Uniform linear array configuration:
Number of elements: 24
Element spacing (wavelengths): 1
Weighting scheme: blackman
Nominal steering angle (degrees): -15
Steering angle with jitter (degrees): -14.432
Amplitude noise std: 0.05
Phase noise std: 0.05

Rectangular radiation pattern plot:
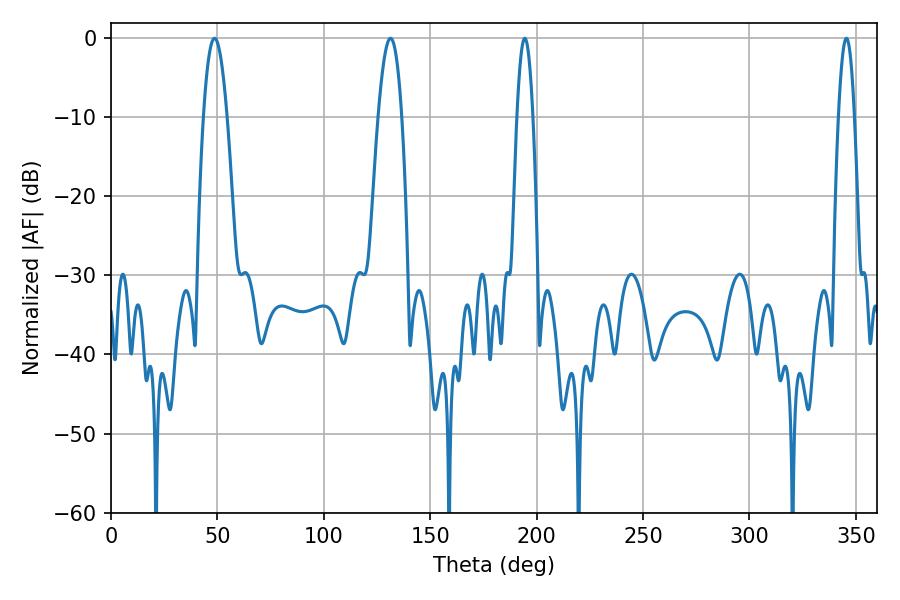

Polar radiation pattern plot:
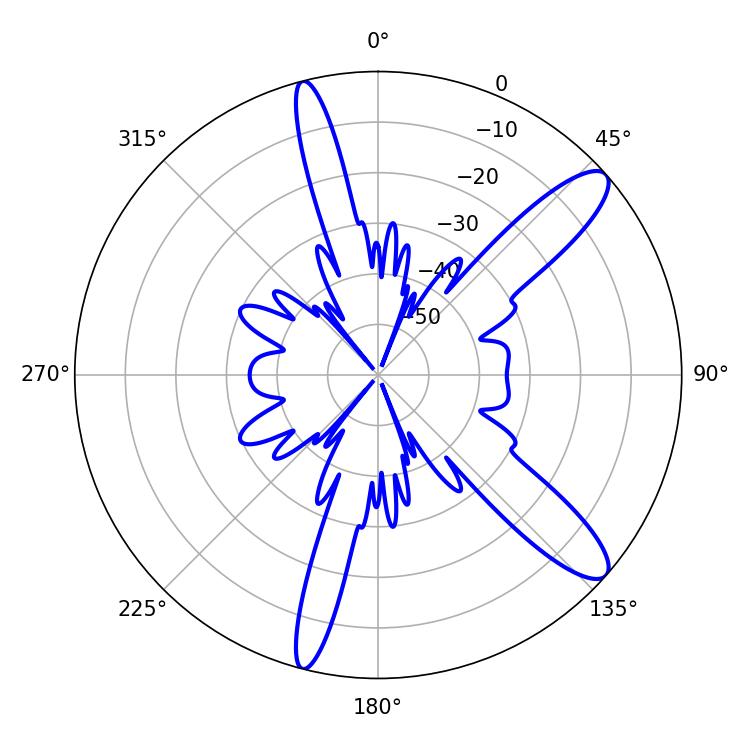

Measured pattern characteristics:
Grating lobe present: TRUE
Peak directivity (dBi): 11.733
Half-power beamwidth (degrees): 4.14
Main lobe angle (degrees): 194.4